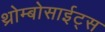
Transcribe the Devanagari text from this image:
थ्रोम्बोसाईट्स